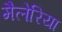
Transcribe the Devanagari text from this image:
मैलेरिया